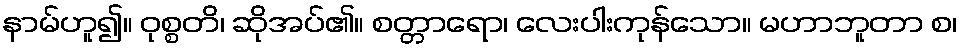
နာမ်ဟူ၍။ ဝုစ္စတိ၊ ဆိုအပ်၏။ စတ္တာရော၊ လေးပါးကုန်သော။ မဟာဘူတာ စ၊